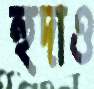
হুদাও